Leaving Certificate Examination, 1915
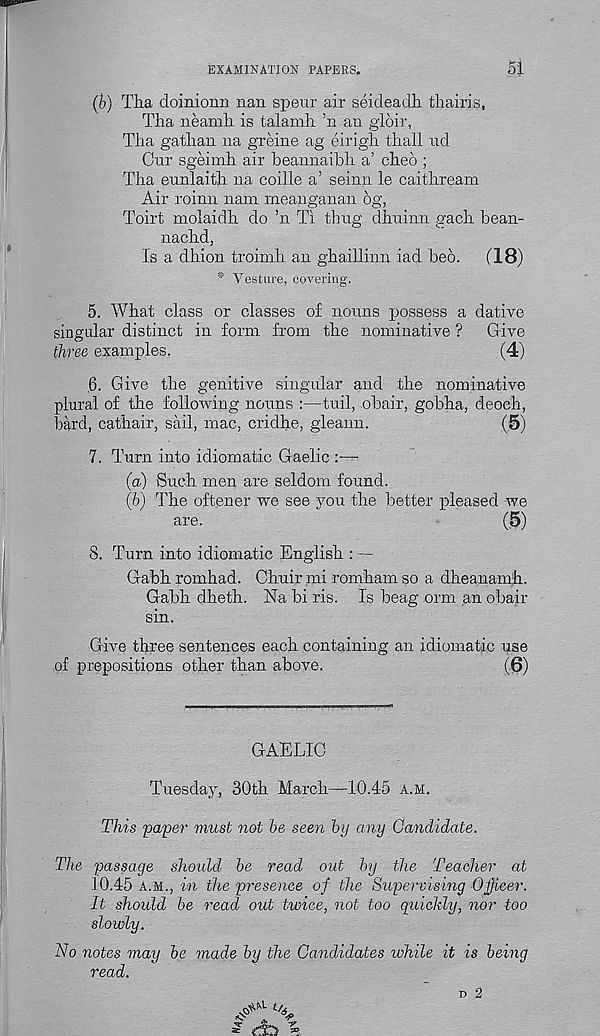
EXAMINATION PAPERS.
51
(b) Tlia doinionn nan speur air seideadh. thairis,
Tlia neamh is talamh ’n an gloir,
Tha gatlian na greine ag eirigh tliall ud
Cur sgeimh air beannaibh. a’ cheo ;
Tha eunlaitb na coille a’ seinn le caitbream
Air roinn nam meanganan 6g,
Toirt molaidb do ’n Ti thug dbuinn gacb bean-
nachd,
Is a dhion troimh an ghaillinn iad beo.
(18)
* Vesture, covering.
5. What class or classes of nouns possess a dative
singular distinct in form from the nominative ?
Give
three examples.
(4)
6. Give the genitive singular and the nominative
plural of the following nouns :—tuil, obair, gobha, deoch,
bard, cathair, sail, mac, cridhe, gleann.
(5)
7. Turn into idiomatic Gaelic :—
(a) Such men are seldom found.
(b) The often er we see you the better pleased we
are.
(5)
8. Turn into idiomatic English : —
G-abh romhad. Chair mi romham so a dheanamh.
Gabh dheth. Na bi ris. Is beag orm an obair
sin.
Give three sentences each containing an idiomatic use
of prepositions other than above.
(6)
GAELIC
Tuesday, 30th March—10.45 A.M.
This 'paper must not be seen by any Candidate.
The passage should be read out by the Teacher at
10.45 a.m., in the presence of the Supervising Officer.
It should be read out twice, not too quickly, nor too
slowly.
No notes may be made by the Candidates while it is being
read.